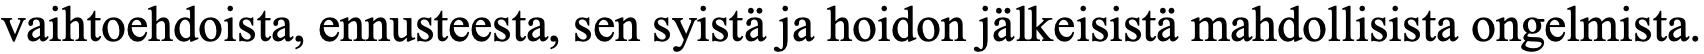
vaihtoehdoista, ennusteesta, sen syistä ja hoidon jälkeisistä mahdollisista ongelmista.